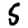
Digit: 5